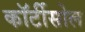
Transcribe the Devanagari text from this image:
कॉर्टीसोल